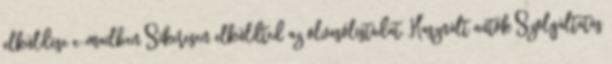
elküldése e-mailben Sikeresen elküldted az olvasólistádat. Használt autók Szolgáltatás